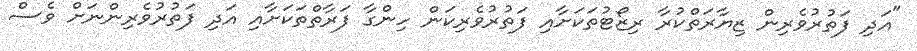
"އަދި ފަތުރުވެރިން ޒިޔާރަތްކުރާ ރިޒޯޓުތަކަށާއި ފަތުރުވެރިކަން ހިންގާ ފަރާތްތަކަށާއި އަދި ފަތުރުވެރިންނަށް ވެސް